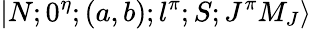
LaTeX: \vert N;0^{\eta};(a,b);l^{\pi};S;J^{\pi}M_{J}\rangle